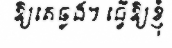
ឱ្យគេឆ្លង។ ធ្វើឱ្យខ្ញុំ